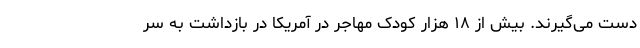
دست می‌گیرند. بیش از ۱۸ هزار کودک مهاجر در آمریکا در بازداشت به سر